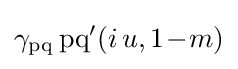
\gamma _{\operatorname {pq} }\operatorname {pq} '(i\,u,1\!-\!m)